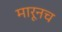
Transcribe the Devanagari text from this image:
मारूनच